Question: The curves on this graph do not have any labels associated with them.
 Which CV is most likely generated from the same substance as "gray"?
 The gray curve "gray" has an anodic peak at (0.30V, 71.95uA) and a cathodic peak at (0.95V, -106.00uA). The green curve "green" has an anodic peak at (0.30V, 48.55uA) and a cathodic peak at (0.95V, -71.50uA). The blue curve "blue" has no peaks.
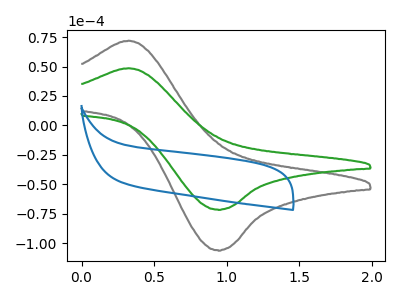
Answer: <think>All the peaks in "gray" have a peak in "green" at the same potential. Every peak in "gray" is higher than every peak in "green". "gray" and "blue" have a different number of peaks. "green" and "blue" have a different number of peaks.
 </think>
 <answer>The CV with the most similar shape to "green" is "gray".</answer>
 <eval>"gray"</eval>